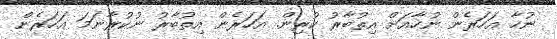
ނުހާ އަހަރެން ނުހާއަށް އިތުބާރު ކުރިން. އަހަރެން އިތުބާރު ނުކުރާނަމަ އަހަރެން